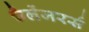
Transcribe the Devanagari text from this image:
चैलेंजरर्स